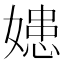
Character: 𡠛